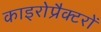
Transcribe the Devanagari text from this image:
काइरोप्रैक्टरों